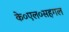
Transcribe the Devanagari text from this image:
के०एल०सहगल